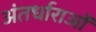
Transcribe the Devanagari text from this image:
अंतर्धाराओं